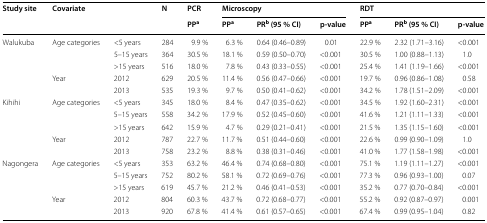
<table><thead><tr><td rowspan="2"><b>Study site</b></td><td rowspan="2" colspan="2"><b>Covariate</b></td><td rowspan="2"><b>N</b></td><td><b>PCR</b></td><td colspan="3"><b>Microscopy</b></td><td colspan="3"><b>RDT</b></td></tr><tr><td><b>PP<sup>a</sup></b></td><td><b>PP<sup>a</sup></b></td><td><b>PR<sup>b</sup> (95 % CI)</b></td><td><b>p-value</b></td><td><b>PP<sup>a</sup></b></td><td><b>PR<sup>b</sup> (95 % CI)</b></td><td><b>p-value</b></td></tr></thead><tbody><tr><td rowspan="5">Walukuba</td><td rowspan="3">Age categories</td><td>&lt;5 years</td><td>284</td><td>9.9 %</td><td>6.3 %</td><td>0.64 (0.46–0.89)</td><td>0.01</td><td>22.9 %</td><td>2.32 (1.71–3.16)</td><td>&lt;0.001</td></tr><tr><td>5–15 years</td><td>364</td><td>30.5 %</td><td>18.1 %</td><td>0.59 (0.50–0.70)</td><td>&lt;0.001</td><td>30.5 %</td><td>1.00 (0.88–1.13)</td><td>1.0</td></tr><tr><td>&gt;15 years</td><td>516</td><td>18.0 %</td><td>7.8 %</td><td>0.43 (0.33–0.55)</td><td>&lt;0.001</td><td>25.4 %</td><td>1.41 (1.19–1.66)</td><td>&lt;0.001</td></tr><tr><td rowspan="2">Year</td><td>2012</td><td>629</td><td>20.5 %</td><td>11.4 %</td><td>0.56 (0.47–0.66)</td><td>&lt;0.001</td><td>19.7 %</td><td>0.96 (0.86–1.08)</td><td>0.58</td></tr><tr><td>2013</td><td>535</td><td>19.3 %</td><td>9.7 %</td><td>0.50 (0.41–0.62)</td><td>&lt;0.001</td><td>34.2 %</td><td>1.78 (1.51–2.09)</td><td>&lt;0.001</td></tr><tr><td rowspan="5">Kihihi</td><td rowspan="3">Age categories</td><td>&lt;5 years</td><td>345</td><td>18.0 %</td><td>8.4 %</td><td>0.47 (0.35–0.62)</td><td>&lt;0.001</td><td>34.5 %</td><td>1.92 (1.60–2.31)</td><td>&lt;0.001</td></tr><tr><td>5–15 years</td><td>558</td><td>34.2 %</td><td>17.9 %</td><td>0.52 (0.45–0.60)</td><td>&lt;0.001</td><td>41.6 %</td><td>1.21 (1.11–1.33)</td><td>&lt;0.001</td></tr><tr><td>&gt;15 years</td><td>642</td><td>15.9 %</td><td>4.7 %</td><td>0.29 (0.21–0.41)</td><td>&lt;0.001</td><td>21.5 %</td><td>1.35 (1.15–1.60)</td><td>&lt;0.001</td></tr><tr><td rowspan="2">Year</td><td>2012</td><td>787</td><td>22.7 %</td><td>11.7 %</td><td>0.51 (0.44–0.60)</td><td>&lt;0.001</td><td>22.6 %</td><td>0.99 (0.90–1.09)</td><td>1.0</td></tr><tr><td>2013</td><td>758</td><td>23.2 %</td><td>8.8 %</td><td>0.38 (0.31–0.46)</td><td>&lt;0.001</td><td>41.0 %</td><td>1.77 (1.58–1.98)</td><td>&lt;0.001</td></tr><tr><td rowspan="5">Nagongera</td><td rowspan="3">Age categories</td><td>&lt;5 years</td><td>353</td><td>63.2 %</td><td>46.4 %</td><td>0.74 (0.68–0.80)</td><td>&lt;0.001</td><td>75.1 %</td><td>1.19 (1.11–1.27)</td><td>&lt;0.001</td></tr><tr><td>5–15 years</td><td>752</td><td>80.2 %</td><td>58.1 %</td><td>0.72 (0.69–0.76)</td><td>&lt;0.001</td><td>77.3 %</td><td>0.96 (0.93–1.00)</td><td>0.07</td></tr><tr><td>&gt;15 years</td><td>619</td><td>45.7 %</td><td>21.2 %</td><td>0.46 (0.41–0.53)</td><td>&lt;0.001</td><td>35.2 %</td><td>0.77 (0.70–0.84)</td><td>&lt;0.001</td></tr><tr><td rowspan="2">Year</td><td>2012</td><td>804</td><td>60.3 %</td><td>43.7 %</td><td>0.72 (0.68–0.77)</td><td>&lt;0.001</td><td>55.2 %</td><td>0.92 (0.87–0.97)</td><td>0.001</td></tr><tr><td>2013</td><td>920</td><td>67.8 %</td><td>41.4 %</td><td>0.61 (0.57–0.65)</td><td>&lt;0.001</td><td>67.4 %</td><td>0.99 (0.95–1.04)</td><td>0.82</td></tr></tbody></table>